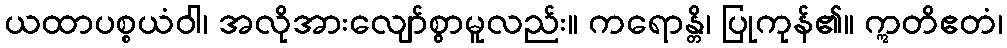
ယထာပစ္စယံဝါ၊ အလိုအားလျော်စွာမူလည်း။ ကရောန္တိ၊ ပြုကုန်၏။ ဣတိဧတံ၊